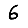
Digit: 6